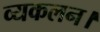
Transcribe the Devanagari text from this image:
व्यकलन।